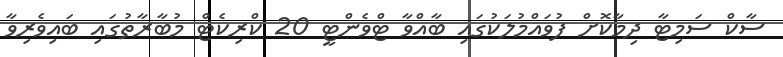
ސާކް ސަމިޓާ ދިމާކޮށް ފުވައްމުލަކުގައި ބާއްވާ ޓްވެންޓީ 20 ކްރިކެޓް މުބާރާތުގައި ބައިވެރިވާ